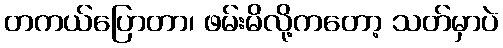
တကယ်ပြောတာ၊ ဖမ်းမိလို့ကတော့ သတ်မှာပဲ